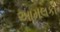
આમલકી